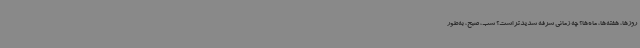
روزها، هفته‌ها، ماه‌ها؟ چه زمانی سرفه شدیدتر است؟ شب، صبح، به‌طور